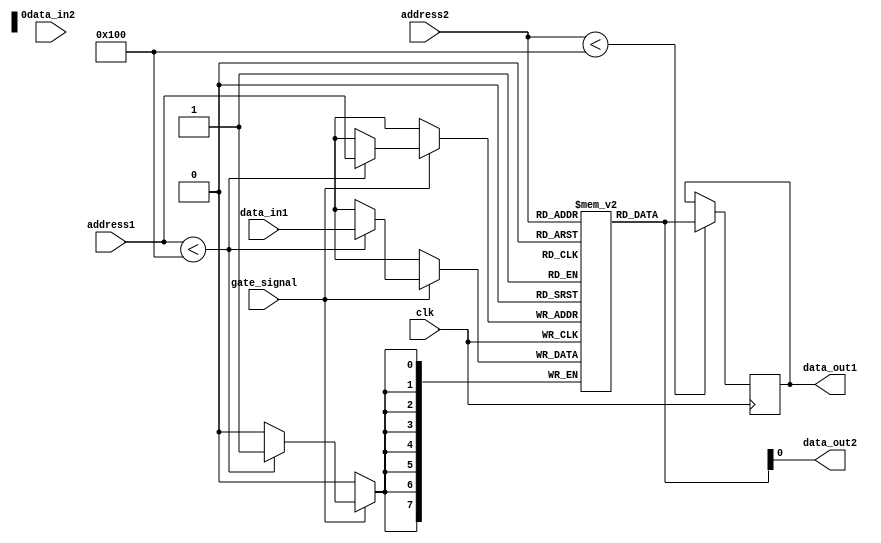
module dual_port_ram(
    input wire clk,
    input wire gate_signal,
    input wire [7:0] address1,
    input wire [7:0] data_in1,
    input wire [7:0] address2,
    input wire data_in2,
    output wire [7:0] data_out1,
    output wire data_out2
);

reg [7:0] memory [0:255];

always @(posedge clk) begin
    if(gate_signal) begin
        if(address1 < 256)
            memory[address1] <= data_in1;
    end
    if(address2 < 256)
        data_out1 <= memory[address2];
end

assign data_out2 = memory[address2];

endmodule